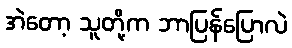
အဲတော့ သူတို့က ဘာပြန်ပြောလဲ